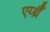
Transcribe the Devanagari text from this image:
एर्य्थ्रैँ